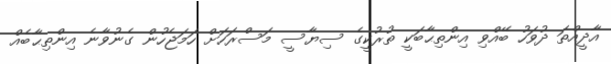
އާދީއްތަ ދުވަހު ބޭއްވި އިންތިޙާބަކީ ތުރުކީގެ ސިޔާސީ މަސްރަހަށް ހަމަޖެހުން ގެނުވާނެ އިންތިޙާބެއް